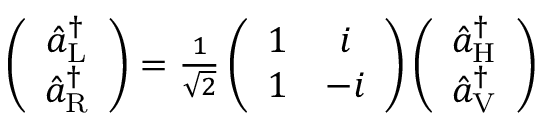
\begin{array} { r } { \left( \begin{array} { c } { \hat { a } _ { \mathrm { L } } ^ { \dagger } } \\ { \hat { a } _ { \mathrm { R } } ^ { \dagger } } \end{array} \right) = \frac { 1 } { \sqrt { 2 } } \left( \begin{array} { c c } { 1 } & { i } \\ { 1 } & { - i } \end{array} \right) \left( \begin{array} { c } { \hat { a } _ { \mathrm { H } } ^ { \dagger } } \\ { \hat { a } _ { \mathrm { V } } ^ { \dagger } } \end{array} \right) } \end{array}